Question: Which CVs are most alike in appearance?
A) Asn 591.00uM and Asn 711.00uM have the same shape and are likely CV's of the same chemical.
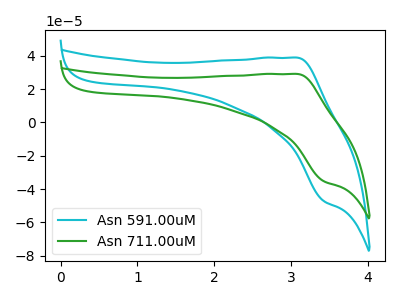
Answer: <think>The cyan curve "Asn 591.00uM" has an anodic peak at (3.10V, 38.80uA) and a cathodic peak at (3.40V, -47.15uA). The green curve "Asn 711.00uM" has an anodic peak at (3.10V, 29.05uA) and a cathodic peak at (3.40V, -35.25uA).
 All the peaks in "Asn 591.00uM" have a peak in "Asn 711.00uM" at the same potential. Every peak in "Asn 591.00uM" is higher than every peak in "Asn 711.00uM".</think>
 <answer>A) "Asn 591.00uM" and "Asn 711.00uM" have the same shape and are likely CV's of the same chemical.</answer>
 <eval>A</eval>